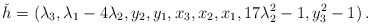
\begin{align*}\check h=(\lambda_{3}, \lambda_{1} - 4\lambda_{2}, y_{2}, y_{1}, x_{3}, x_{2}, x_{1}, 17\lambda_{2}^2 - 1, y_{3}^2 - 1)\,.\end{align*}